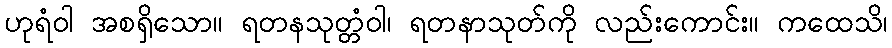
ဟုရံဝါ အစရှိသော။ ရတနသုတ္တံဝါ၊ ရတနာသုတ်ကို လည်းကောင်း။ ကထေသိ၊